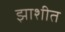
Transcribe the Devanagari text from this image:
झाशीत